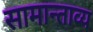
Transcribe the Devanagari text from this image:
सामान्ताव्य